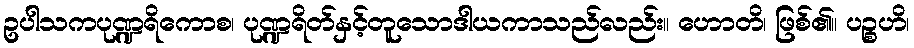
ဥပါသကပုဏ္ဍရိကောစ၊ ပုဏ္ဍရိတ်နှင့်တူသောဒါယကာသည်လည်း။ ဟောတိ၊ ဖြစ်၏။ ပဉ္စဟိ၊